Dysentery in Hazaribagh Central Jail - Number 52
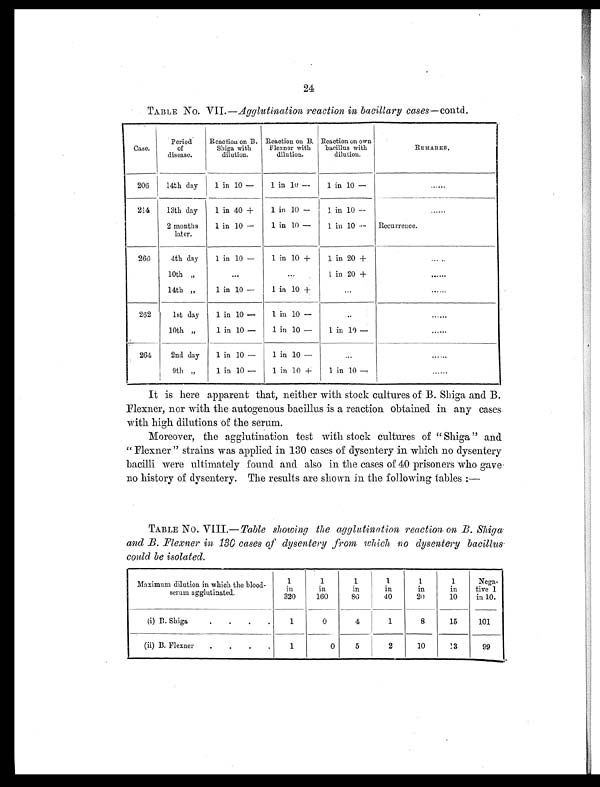
24
TABLE No. VII. —Agglutination reaction in bacillary cases —contd.
Case.
Period
of
disease.
Reaction on B.
Shiga with
dilution.
Reaction on B.
Flexner with
dilution.
Reaction on own
bacillus with
dilution.
REMARKS.
206
14th day
1 in 10 -
1 in 10 -
1 in 10 -
......
214
13th day
1 in 40 +
1 in 10 -
1 in 10 -
......
2 months
later.
1 in 10 -
1 in 10 -
1 in 10 -
Recurrence.
260
4th day
1 in 10 -
1 in 10 +
1 in 20 +
......
10th „
. . .
...
1 in 20 +
. . . . . .
14th „
1 in 10 -
1 in 10 +
. . .
......
262
1st day 1 in 10 -
1 in 10 -
. . .
......
10th „
1 in 10 -
1 in 10 -
1 in 10 -
......
264
2nd day
1 in 10 -
1 in 10 -
. . .
......
9th „
1 in 10 -
1 in 10 +
1 in 10 -
......
It is here apparent that, neither with stock cultures of B. Shiga and B.
Flexner, nor with the autogenous bacillus is a reaction obtained in any cases
with high dilutions of the serum.
Moreover, the agglutination test with stock cultures of " Shiga " and
" Flexner " strains was applied in 130 cases of dysentery in which no dysentery
bacilli were ultimately found and also in the cases of 40 prisoners who gave
no history of dysentery. The results are shown in the following tables
TABLE No. VIII. — Table showing the agglutination reaction on B. Shiga
and B. Flexner in 130 cases of dysentery from, which no dysentery bacillus
could be isolated.
Maximum dilution in which the blood-
serum agglutinated.
1
in
320
1
in
160
1
in
80
1
in
40
1
in
2 0
1
in
10
Nega -
tive 1
in 10.
(i) B. Shiga.
.
. .
1
0
4
1
8
15
101
(ii) B. Flexner
.
.
.
.
1
0
5
2
10
13
99